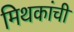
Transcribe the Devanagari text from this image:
मिथकांची